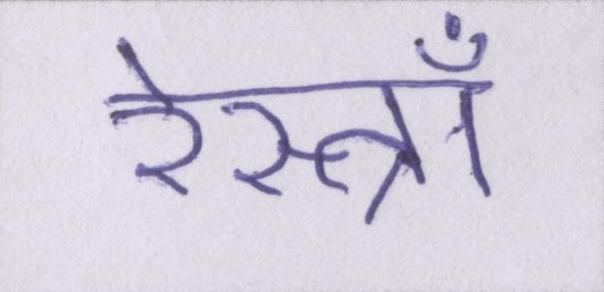
रेस्त्राँ